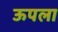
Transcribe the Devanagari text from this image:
ऊपला